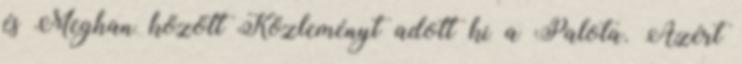
és Meghan között Közleményt adott ki a Palota. Azért